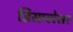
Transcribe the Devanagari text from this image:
डिसप्लेसर